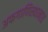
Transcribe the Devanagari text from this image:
अफगाणिस्थानात